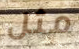
مثل